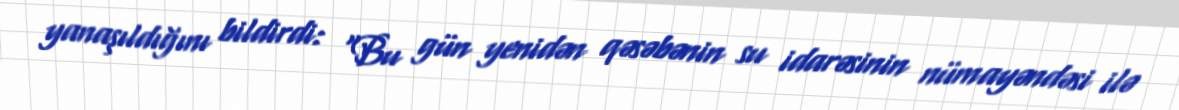
yanaşıldığını bildirdi: “Bu gün yenidən qəsəbənin su idarəsinin nümayəndəsi ilə